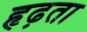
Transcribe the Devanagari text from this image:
हृढ़ता